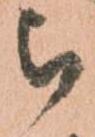
被